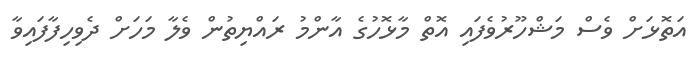
އަތޮޅަށް ވެސް މަޝްހޫރުވެފައި އޮތް މާޅޮހުގެ އާންމު ރައްޔިތުން ވެލާ މަހަށް ދެވިހިފާފައިވާ